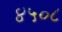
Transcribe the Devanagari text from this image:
४५०८